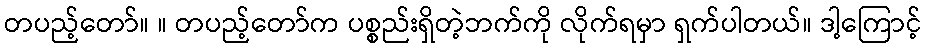
တပည့်တော်။ ။ တပည့်တော်က ပစ္စည်းရှိတဲ့ဘက်ကို လိုက်ရမှာ ရှက်ပါတယ်။ ဒါ့ကြောင့်